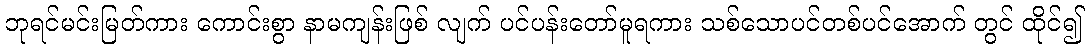
ဘုရင်မင်းမြတ်ကား ကောင်းစွာ နာမကျန်းဖြစ် လျက် ပင်ပန်းတော်မူရကား သစ်သောပင်တစ်ပင်အောက် တွင် ထိုင်၍